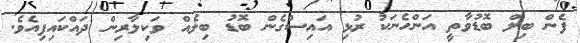
ފެން ބިލް ބޮޑުވާތީ އަންހެނަކު ރުޅި އައިސްގެން ބޮޑު ބިލެއް ވަކިލާރިން ދައްކައިފިއެވެ.